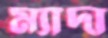
ম্যাদা